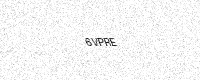
Text: 6VPRE